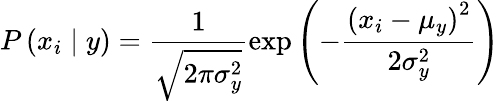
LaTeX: P\left(x_{i}\mid y\right)=\frac{1}{\sqrt{2\pi\sigma_{y}^{2}}}\exp\left(-\frac{\left(x_{i}-\mu_{y}\right)^{2}}{2\sigma_{y}^{2}}\right)